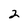
Character: 2